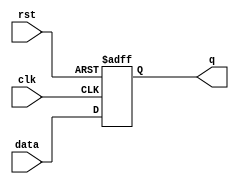
module flip_flop(
    input wire clk,
    input wire rst,
    input wire data,
    output reg q
);

always @(posedge clk or posedge rst) begin
    if (rst) begin
        q <= 1'b0; // Initialize state to 0
    end else begin
        q <= data; // Capture input data on each clock cycle
    end
end

endmodule